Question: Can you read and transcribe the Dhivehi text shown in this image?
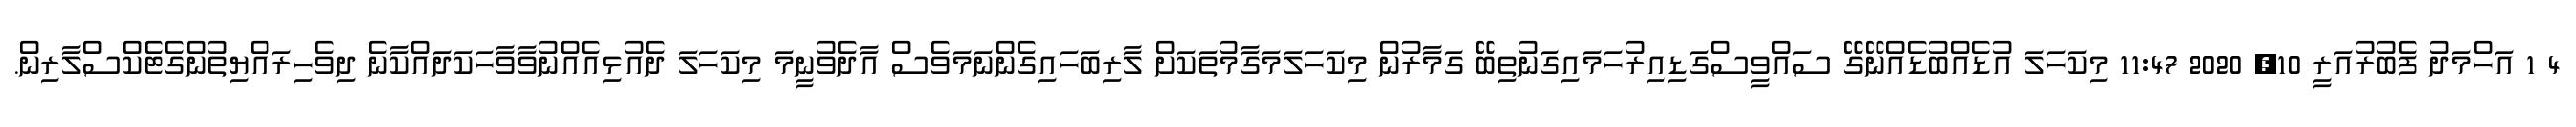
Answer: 4 1 އަހްމަދު ފެބުރުއަރީ 10, 2020 11:47 މިކަހަލަ އުޑެއްބުޑެއްނޭގޭ ސައްވީސްގަޑިއިރުހަމައިގަނުތިބޭ ގަމާރުން މިކަހަލަމަގާމުތަކަށް ލާރިބަހައިގެންނަމަވެސް އާދެވުނީމަ މިކަހަލަ ދެއުޅިއެއްނުވާވާހަކަދައްކާނެ ދިވެހިރައްޔިތުންގެޓެކްސްލާރިން.